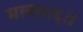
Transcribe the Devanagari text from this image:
मला।।६।।